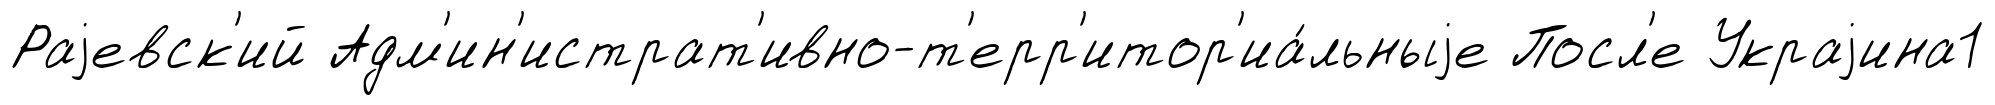
Раjевск'ий Адм'ин'истрат'ивно-т'ерр'итор'иа́льныjе Посл'е Украjина1